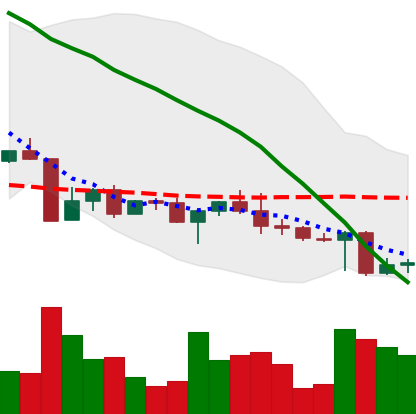
Ticker: ADA-USD
Chart end date: 2022-04-28
Forward return: -8.627%
Label: down_7plus